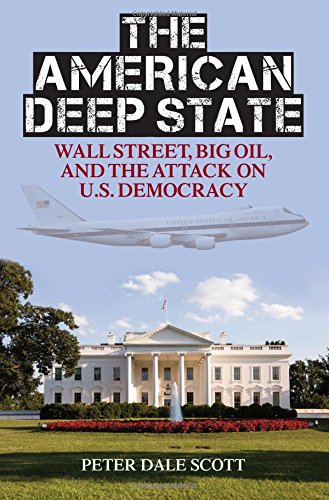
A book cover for The American Deep State: Wall Street, Big Oil, and the Attack on U.S. Democracy (War and Peace Library); Peter Dale Scott; Business & Money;